Civil Veterinary Dept. Assam report 1911-1927 - 1911-1927
Year: 1911
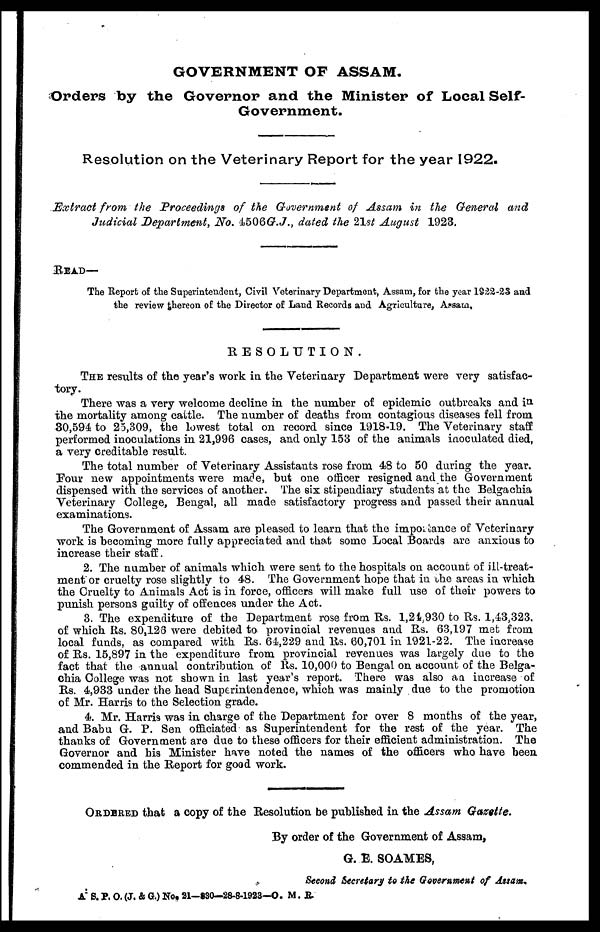
GOVERNMENT OF ASSAM.
Orders by the Governor and the Minister of Local Self-
Government.
Resolution on the Veterinary Report for the year 1922.
Extract from the Proceedings of the Government of Assam in the General and
Judicial Department, No. 4506G.J., dated the 21st August 1923.
READ—
The Report of the Superintendent, Civil Veterinary Department, Assam, for the year 1922-23 and
the review thereon of the Director of Land Records and Agriculture, Assam,
RESOLUTION.
THE results of the year's work in the Veterinary Department were very satisfac-
tory.
There was a very welcome decline in the number of epidemic outbreaks and in
the mortality among cattle. The number of deaths from contagious diseases fell from
30,594 to 25,309, the lowest total on record since 1918-19. The Veterinary staff
performed inoculations in 21,996 cases, and only 153 of the animals inoculated died,
a very creditable result.
The total number of Veterinary Assistants rose from 48 to 50 during the year.
Pour new appointments were made, but one officer resigned and the Government
dispensed with the services of another. The six stipendiary students at the Belgachia
Veterinary College, Bengal, all made satisfactory progress and passed their annual
examinations.
The Government of Assam are pleased to learn that the importance of Veterinary
work is becoming more fully appreciated and that some Local Boards are anxious to
increase their staff.
2. The number of animals which were sent to the hospitals on account of ill-treat-
ment or cruelty rose slightly to 48. The Government hope that in the areas in which
the Cruelty to Animals Act is in force, officers will make full use of their powers to
punish persons guilty of offences under the Act.
3. The expenditure of the Department rose from Rs. 1,24,930 to Rs. 1,43,323,
of which Rs. 80,123 were debited to provincial revenues and Rs. 63,197 met from
local funds, as compared with Rs. 64,229 and Rs. 60,701 in 1921-22. The increase
of Rs. 15,897 in the expenditure from provincial revenues was largely due to the
fact that the annual contribution of Rs. 10,000 to Bengal on account of the Belga-
chia College was not shown in last year's report. There was also an increase of
Rs. 4,933 under the head Superintendence, which was mainly due to the promotion
of Mr. Harris to the Selection grade.
4. Mr. Harris was in charge of the Department for over 8 months of the year,
and Babu G. P. Sen officiated as Superintendent for the rest of the year. The
thanks of Government are due to these officers for their efficient administration. The
Governor and his Minister have noted the names of the officers who have been
commended in the Report for good work.
ORDERED that a copy of the Resolution be published in the Assam Gazette.
By order of the Government of Assam,
G. E. SOAMES,
Second Secretary to the Government of Assam.
A S. P. O. (J. & G.) No, 21—830—28-8-1923—0. M. R.